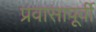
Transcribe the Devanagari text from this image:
प्रवासापूर्वी